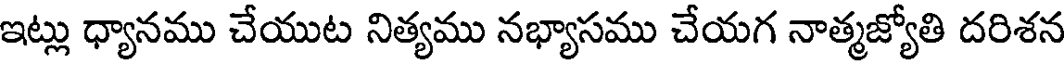
ఇట్లు ధ్యానము చేయుట నిత్యము నభ్యాసము చేయగ నాత్మజ్యోతి దరిశన